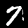
Label: 7